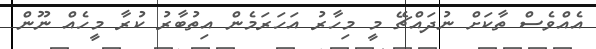
އެއްވެސް ތާކަށް ނުދައްޗޭ މީ މިހާރު އަހަރަމެން އިތުބާރު ކުރާ މީހެއް ނޫން